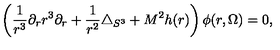
\left( \frac { 1 } { r ^ { 3 } } \partial _ { r } r ^ { 3 } \partial _ { r } + \frac { 1 } { r ^ { 2 } } \triangle _ { S ^ { 3 } } + M ^ { 2 } h ( r ) \right) \phi ( r , \Omega ) = 0 ,